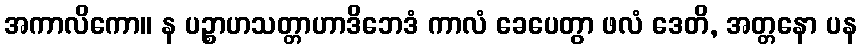
အကာလိကော။ န ပဉ္စာဟသတ္တာဟာဒိဘေဒံ ကာလံ ခေပေတွာ ဖလံ ဒေတိ, အတ္တနော ပန